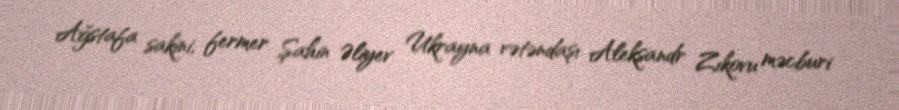
Ağstafa sakini, fermer Şahin Əliyev Ukrayna vətəndaşı Aleksandr Zıkovu məcburi